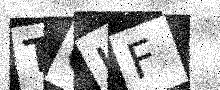
Text: TGIF